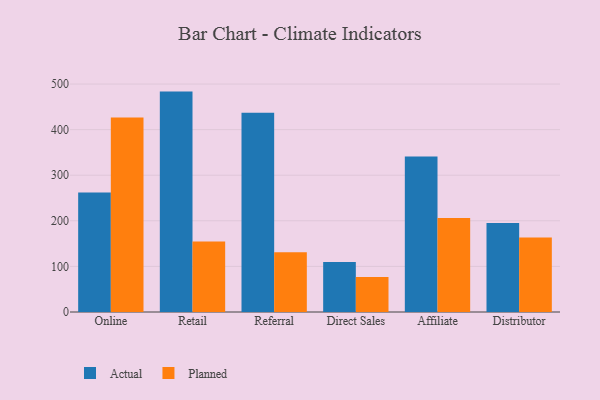
{"axis": {"x": "Channel", "y": "Page Views"}, "legend": ["Actual", "Planned"], "data": [{"x": "Online", "y": 262.1, "type": "Actual"}, {"x": "Online", "y": 426.6, "type": "Planned"}, {"x": "Retail", "y": 483.4, "type": "Actual"}, {"x": "Retail", "y": 154.8, "type": "Planned"}, {"x": "Referral", "y": 437.1, "type": "Actual"}, {"x": "Referral", "y": 130.9, "type": "Planned"}, {"x": "Direct Sales", "y": 109.5, "type": "Actual"}, {"x": "Direct Sales", "y": 76.8, "type": "Planned"}, {"x": "Affiliate", "y": 341.3, "type": "Actual"}, {"x": "Affiliate", "y": 206.3, "type": "Planned"}, {"x": "Distributor", "y": 195.0, "type": "Actual"}, {"x": "Distributor", "y": 163.6, "type": "Planned"}]}